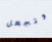
وتجعل